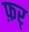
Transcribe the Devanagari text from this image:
फ़र्